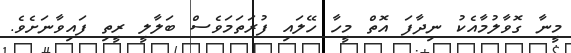
މީނާ ގޮވާލުމާއެކު ނިދާފަ އޮތް މީހާ ހޭލައި ފުރަތަމަވެސް ބަލާލީ ރީތި ފައިވާނަށެވެ.